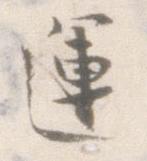
運